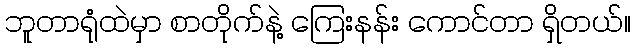
ဘူတာရုံထဲမှာ စာတိုက်နဲ့ ကြေးနန်း ကောင်တာ ရှိတယ်။